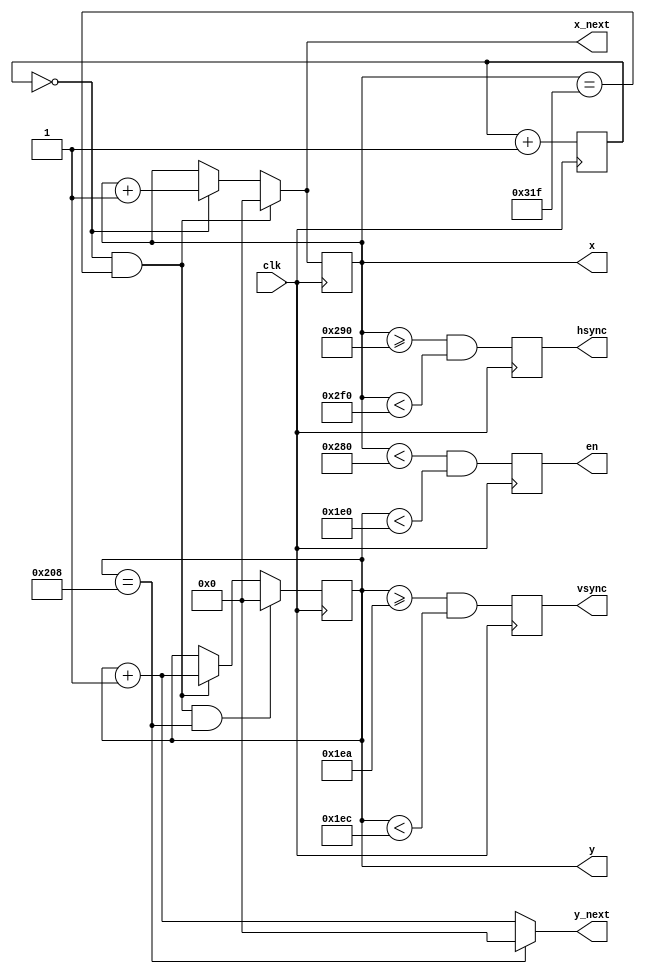
/***************************************************************************************************
** fpga_nes/hw/src/cmn/vga_sync/vga_sync.v
*
*  Copyright (c) 2012, Brian Bennett
*  All rights reserved.
*
*  Redistribution and use in source and binary forms, with or without modification, are permitted
*  provided that the following conditions are met:
*
*  1. Redistributions of source code must retain the above copyright notice, this list of conditions
*     and the following disclaimer.
*  2. Redistributions in binary form must reproduce the above copyright notice, this list of
*     conditions and the following disclaimer in the documentation and/or other materials provided
*     with the distribution.
*
*  THIS SOFTWARE IS PROVIDED BY THE COPYRIGHT HOLDERS AND CONTRIBUTORS "AS IS" AND ANY EXPRESS OR
*  IMPLIED WARRANTIES, INCLUDING, BUT NOT LIMITED TO, THE IMPLIED WARRANTIES OF MERCHANTABILITY AND
*  FITNESS FOR A PARTICULAR PURPOSE ARE DISCLAIMED. IN NO EVENT SHALL THE COPYRIGHT OWNER OR
*  CONTRIBUTORS BE LIABLE FOR ANY DIRECT, INDIRECT, INCIDENTAL, SPECIAL, EXEMPLARY, OR CONSEQUENTIAL
*  DAMAGES (INCLUDING, BUT NOT LIMITED TO, PROCUREMENT OF SUBSTITUTE GOODS OR SERVICES; LOSS OF USE,
*  DATA, OR PROFITS; OR BUSINESS INTERRUPTION) HOWEVER CAUSED AND ON ANY THEORY OF LIABILITY,
*  WHETHER IN CONTRACT, STRICT LIABILITY, OR TORT (INCLUDING NEGLIGENCE OR OTHERWISE) ARISING IN ANY
*  WAY OUT OF THE USE OF THIS SOFTWARE, EVEN IF ADVISED OF THE POSSIBILITY OF SUCH DAMAGE.
*
*  Outputs HSYNC and VSYNC signals to control 640x480@60Hz VGA output.  x/y outputs indicates the
*  current {x, y} pixel position being displayed.
*
*  Note: VSYNC/HSYNC signals are latched for stability, introducing a 1 CLK delay.  The RGB
*        generation circuit must be aware of this, and should latch its output as well.
***************************************************************************************************/

module vga_sync
(
  input  wire       clk,    // 100Mhz clock signal
  output wire       hsync,  // HSYNC VGA control output
  output wire       vsync,  // VSYNC VGA control output
  output wire       en,     // Indicates when RGB generation circuit should enable (x,y valid)
  output wire [9:0] x,      // Current X position being displayed
  output wire [9:0] y,      // Current Y position being displayed (top = 0)
  output wire [9:0] x_next, // Next X position to be displayed next clock
  output wire [9:0] y_next  // Next Y position to be displayed
);

//
// VGA signal timing parameters.  Taken from http://tinyvga.com/vga-timing/640x480@60Hz.  Note
// that this circuit uses a 25MHz clock instead of specified 25.175MHz clock.  Most displays can
// cope with this out of spec behavior.
//
localparam H_DISP  = 640;  // Number of displayable columns
localparam H_FP    = 16;   // Horizontal front porch in pixel clocks
localparam H_RT    = 96;   // Horizontal retrace (hsync pulse) in pixel clocks
localparam H_BP    = 48;   // Horizontal back porch in pixel clocks
localparam V_DISP  = 480;  // Number of displayable rows
localparam V_FP    = 10;   // Vertical front porch in lines
localparam V_RT    = 2;    // Vertical retrace (vsync pulse) in lines
localparam V_BP    = 29;   // Vertical back porch in lines

// FF for mod-4 counter.  Used to generate a 25MHz pixel enable signal.
reg  [1:0] q_mod4_cnt;
wire [1:0] d_mod4_cnt;

// Horizontal and vertical counters.  Used relative to timings specified in pixels or lines, above.
// Equivalent to x,y position when in the displayable region.
reg  [9:0] q_hcnt, q_vcnt;
wire [9:0] d_hcnt, d_vcnt;

// Output signal FFs.
reg  q_hsync, q_vsync, q_en;
wire d_hsync, d_vsync, d_en;

// FF update logic.
always @(posedge clk)
  begin
    q_mod4_cnt <= d_mod4_cnt;
    q_hcnt     <= d_hcnt;
    q_vcnt     <= d_vcnt;
    q_hsync    <= d_hsync;
    q_vsync    <= d_vsync;
    q_en       <= d_en;
  end

wire pix_pulse;     // 1 clk tick per-pixel
wire line_pulse;    // 1 clk tick per-line (reset to h-pos 0)
wire screen_pulse;  // 1 clk tick per-screen (reset to v-pos 0)

assign d_mod4_cnt = q_mod4_cnt + 2'h1;

assign pix_pulse    = (q_mod4_cnt == 0);
assign line_pulse   = pix_pulse  && (q_hcnt == (H_DISP + H_FP + H_RT + H_BP - 1));
assign screen_pulse = line_pulse && (q_vcnt == (V_DISP + V_FP + V_RT + V_BP - 1));

assign d_hcnt = (line_pulse)   ? 10'h000 : ((pix_pulse)  ? q_hcnt + 10'h001 : q_hcnt);
assign d_vcnt = (screen_pulse) ? 10'h000 : ((line_pulse) ? q_vcnt + 10'h001 : q_vcnt);

assign d_hsync = (q_hcnt >= (H_DISP + H_FP)) && (q_hcnt < (H_DISP + H_FP + H_RT));
assign d_vsync = (q_vcnt >= (V_DISP + V_FP)) && (q_vcnt < (V_DISP + V_FP + V_RT));

assign d_en = (q_hcnt < H_DISP) && (q_vcnt < V_DISP);

// Assign output wires to appropriate FFs.
assign hsync  = q_hsync;
assign vsync  = q_vsync;
assign x      = q_hcnt;
assign y      = q_vcnt;
assign x_next = d_hcnt;
assign y_next = (y == (V_DISP + V_FP + V_RT + V_BP - 10'h001)) ? 10'h000 : (q_vcnt + 10'h001);
assign en     = q_en;

endmodule